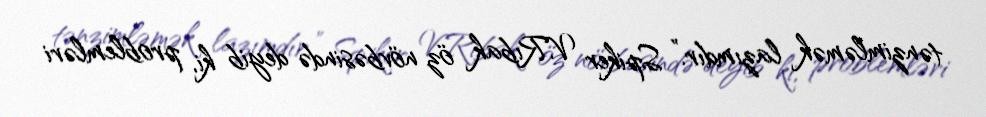
tənzimləmək lazımdır.” Spiker V.Rıbak öz növbəsində deyib ki, problemləri